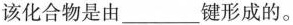
该化合物是由___键形成的。